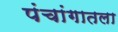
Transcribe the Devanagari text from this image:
पंचांगातला